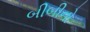
બીબીનો